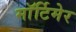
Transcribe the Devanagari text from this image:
माॅर्टिमेर